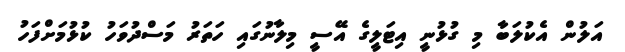
އަލުން އެކުލަބާ މި ގުޅުނީ އިޓަލީގެ އޭސީ މިލާނުގައި ހަތަރު މަސްދުވަހު ކުޅުމަށްފަހު